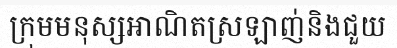
ក្រុមមនុស្សអាណិតស្រឡាញ់និងជួយ